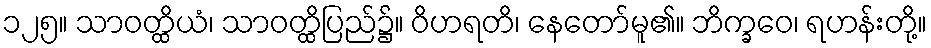
၁၂၅။ သာဝတ္ထိယံ၊ သာဝတ္ထိပြည်၌။ ဝိဟရတိ၊ နေတော်မူ၏။ ဘိက္ခဝေ၊ ရဟန်းတို့။